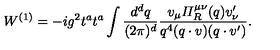
W ^ { ( 1 ) } = - i g ^ { 2 } t ^ { a } t ^ { a } \int \frac { d ^ { d } q } { ( 2 \pi ) ^ { d } } \frac { v _ { \mu } { \mit \Pi } _ { R } ^ { \mu \nu } ( q ) v _ { \nu } ^ { \prime } } { q ^ { 4 } ( q \cdot v ) ( q \cdot v ^ { \prime } ) } .